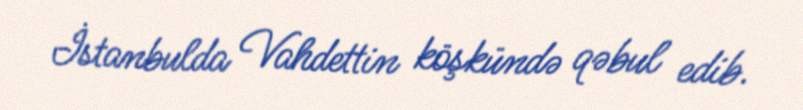
İstanbulda Vahdettin köşkündə qəbul edib.